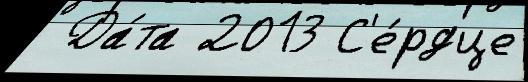
 Да́та 2013 С'е́рдце